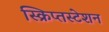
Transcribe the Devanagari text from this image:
स्क्रिप्तस्टेशन